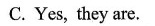
C.Yes, they are.